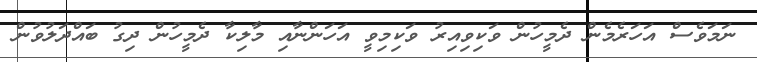
ނަމަވެސް އަހަރެމެން ދެމީހުން ވަކިވިއިރު ވަކިމިވީ އަހަންނާއި މާލިކާ ދެމީހުން ދިގު ބައްދަލުވުން